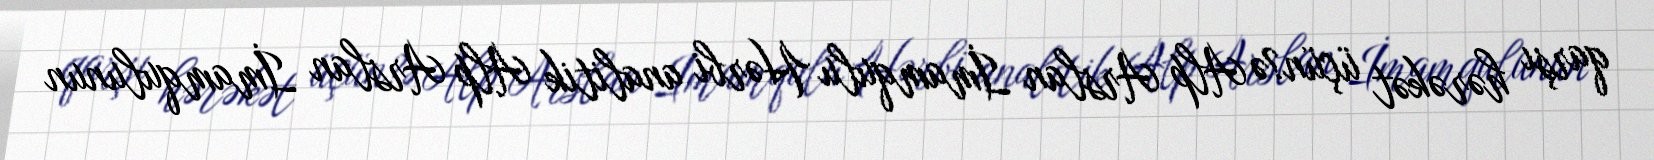
qarşı hərəkət üçün?ə Alp Arslan İmamqulu Hərbi analitik Alp Arslan İmamqulunun